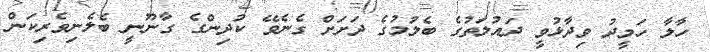
ހާލާ ހަމީދު ވިދާޅުވީ ދައުލަތުގެ ބެލުމުގެ ދަށަށް ގެނެވޭ ކުދިންގެ ގާނޫނީ ބެލެނިވެރިކަން